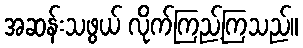
အဆန်းသဖွယ် လိုက်ကြည့်ကြသည်။